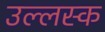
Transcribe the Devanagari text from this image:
उल्लस्क